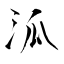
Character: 泒